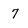
Character: 7